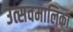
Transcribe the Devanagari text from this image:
उत्सवमालिका